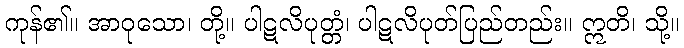
ကုန်၏။ အာဝုသော၊ တို့။ ပါဋလိပုတ္တံ၊ ပါဋလိပုတ်ပြည်တည်း။ ဣတိ၊ သို့။